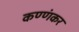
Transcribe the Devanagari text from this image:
कण्णंकर